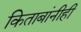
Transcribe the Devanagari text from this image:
किताबांनीही